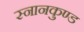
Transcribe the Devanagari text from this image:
स्‍नानकुण्‍ड